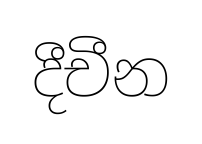
දීචීන